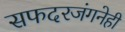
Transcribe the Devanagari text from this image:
सफदरजंगनेही